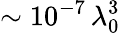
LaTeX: \sim 10^{-7}\, \lambda_{0}^{3}